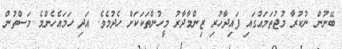
ބޭނުން ނުކުރާ މުޖުތަމަޢުގައި ފައިދާހުރި ޒިންމާދާރު މީހުންތަކަކަށް ހެދުމެވެ. އަދި ހަމައެހެންމެ މަސްތުން